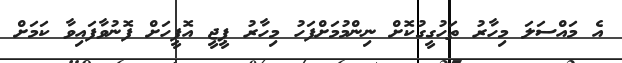
އެ މައްސަލަ މިހާރު ތަހުގީގުކޮށް ނިންމުމަށްފަހު މިހާރު ޕީޖީ އޮފީހަށް ފޮނުވާފައިވާ ކަމަށް